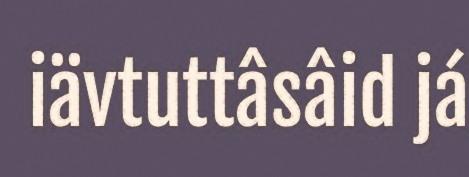
iävtuttâsâid já